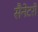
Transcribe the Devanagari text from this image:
सैनेटरी